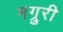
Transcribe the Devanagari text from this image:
मग्रुरी